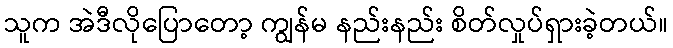
သူက အဲဒီလိုပြောတော့ ကျွန်မ နည်းနည်း စိတ်လှုပ်ရှားခဲ့တယ်။